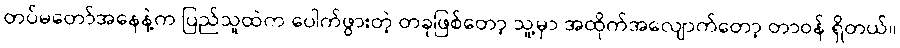
တပ်မတော်အနေနဲ့က ပြည်သူထဲက ပေါက်ဖွားတဲ့ တခုဖြစ်တော့ သူ့မှာ အထိုက်အလျောက်တော့ တာဝန် ရှိတယ်။